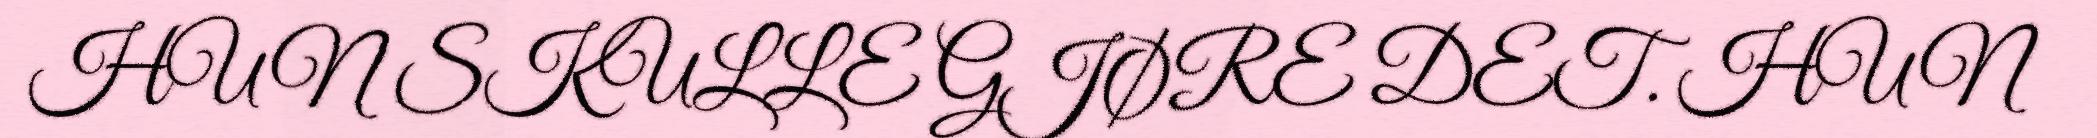
HUN SKULLE GJØRE DET. HUN